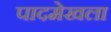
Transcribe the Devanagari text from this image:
पादमेखला